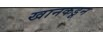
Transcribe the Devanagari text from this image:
खानकडून